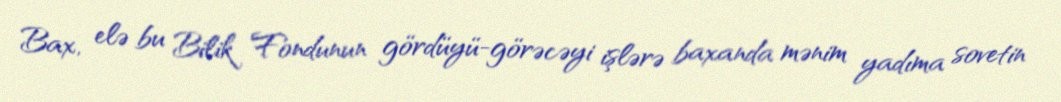
Bax, elə bu Bilik Fondunun gördüyü-görəcəyi işlərə baxanda mənim yadıma sovetin